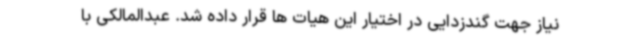
نیاز جهت گندزدایی در اختیار این هیات ها قرار داده شد. عبدالمالکی با